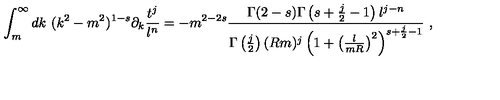
\int _ { m } ^ { \infty } d k \ ( k ^ { 2 } - m ^ { 2 } ) ^ { 1 - s } \partial _ { k } \frac { t ^ { j } } { l ^ { n } } = - m ^ { 2 - 2 s } \frac { \Gamma ( 2 - s ) \Gamma \left( s + \frac j 2 - 1 \right) l ^ { j - n } } { \Gamma \left( \frac j 2 \right) ( R m ) ^ { j } \left( 1 + \left( \frac { l } { m R } \right) ^ { 2 } \right) ^ { s + \frac j 2 - 1 } } \ ,